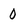
Character: 0